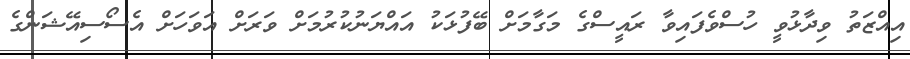
އިއްޒަތު ވިދާޅުވީ ހުސްވެފައިވާ ރައީސްގެ މަގާމަށް ބޭފުޅަކު އައްޔަނުކުރުމަށް ވަރަށް އަވަހަށް އެސޯސިއޭޝަންގެ